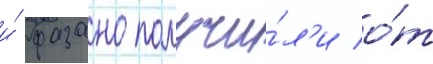
и́ фазано получи́л'и о́т